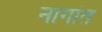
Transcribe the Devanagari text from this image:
नागांत